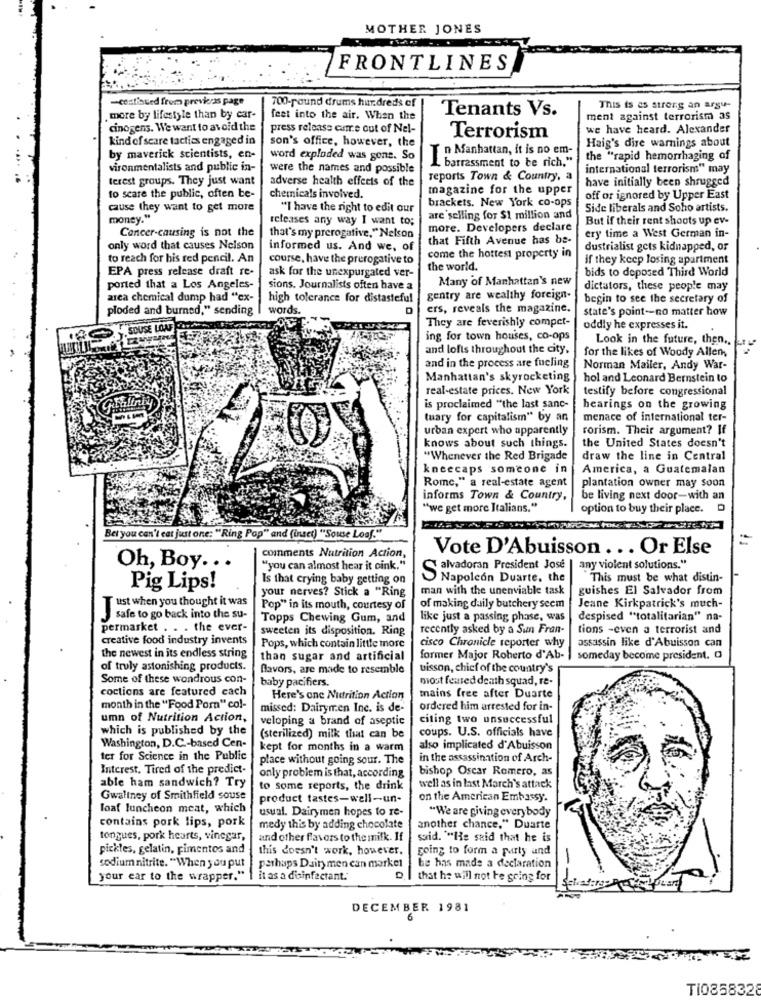
MOTHER JONES
FRONTLINES
-continued from previas page
700-round drums hundreds of
Tenants Vs.
This is as strong an arsu-
more by lifestyle than by car-
feet into the air. When the
ment against terrorism as
cinogens. We want to avoid the
press release came out of Nel-
we have heard. Alexander
kind of scare tactics engaged in
son's office, however, the
Terrorism
Haig's dire warnings about
n Manhattan, it is no em-
by maverick scientists, en-
word exploded was gone. So
the "rapid hemorrhaging of
vironmentalists and public in-
were the names and possible
I barrassment to be rich."
international terrorism" may
terest groups. They just want
adverse health effects of the
reports Town & Country, a
have initially been shrugged
magazine for the upper
to scare the public, often be-
chemicals involved.
brackets. New York co-ops
off or ignored by Upper East
cause they want to get more
"I have the right to edit our
Side liberals and Soho artists.
money."
releases any way I want to;
are selling for $1 million and
But if their rent shoots up ev-
Cancer-causing is not the
more. Developers declare
that's my prerogative," Nelson
that Fifth Avenue has be-
ery time a West German in-
only word that causes Nelson
informed us. And we, of
dustrialist gets kidnapped, or
to reach for his red pencil. An
course, have the prerogative to
come the hottest property in
if they keep losing apartment
EPA press release draft re-
the world.
ask for the unexpurgated ver-
Many of Manhattan's new
bids to deposed Third World
ported that a Los Angeles-
sions. Journalists often have a
dictators, these people may
area chemical dump had "ex-
high tolerance for distasteful
gentry are wealthy foreign-
begin to see the secretary of
ploded and burned," sending |
words.
ers, reveals the magazine.
state's point -- no matter how
They are feverishly compet-
SOUSE LOAF
oddly he expresses it.
ing for town houses, co-ops
and lofts throughout the city,
for the likes of Woody Allen,
Look in the future, then .,
and in the process are fueling
Norman Mailer, Andy War-
Manhattan's skyrocketing
hol and Leonard Bernstein to
real-estate prices. New York
testify before congressional
is proclaimed "the last sanc-
hearings on the growing
tuary for capitalism" by an
menace of international ter-
urban expert who apparently
rorism. Their argument? If
knows about such things.
the United States doesn't
"Whenever the Red Brigade
draw the line in Central
kneecaps someone in
America, a Guatemalan
Rome," a real-estate agent
plantation owner may soon
informs Town & Country,
be living next door-with an
"we get more Italians."
option to buy their place.
Bet you can't eat just one: "Ring Pop" and (inser) "Souse Loaf."
Vote D'Abuisson ... Or Else
comments Nutrition Action,
Oh, Boy ...
"you can almost hear it oink,"
Salvadoran President José
any violent solutions."
Is that crying baby getting on
Napoleon Duarte, the
This must be what distin-
Pig Lips!
your nerves? Stick a "Ring
man with the unenviable task
guishes El Salvador from
ust when you thought it was
Pop" in its mouth, courtesy of
of making daily butchery secm
Jeane Kirkpatrick's much-
safe to go back into the su-
Topps Chewing Gum, and
like just a passing phase, was
despised "totalitarian" na-
permarket . . . the ever-
sweeten its disposition. Ring
recently asked by a Sun Fran-
tions -even a terrorist and
creative food industry invents
assassin like d'Abuisson can
Pops, which contain little more
cisco Chronicle reporter why
the newest in its endless string
than sugar and artificial
former Major Roberto d'Ab-
someday become president. a
of truly astonishing products.
flavors, are made to resemble
bisson, chief of the country's
Some of these wondrous con-
baby pacifiers.
miost feused death squad, re-
coctions are featured each
Here's one Nutrition Action
mains free after Duarte
month in the "Food Porn" col-
missed: Dairymen Inc. is de-
ordered him arrested for in-
umn of Nutrition Action,
veloping a brand of aseptic
citing two unsuccessful
which is published by the
coups. U.S. officials have
Washington, D.C .- based Cen-
(sterilized) milk that can be
kept for months in a warm
also implicated d'Abuisson
ter for Science in the Public
place without going sour. The
in the assassination of Arch-
Interest. Tired of the predict-
bishop Oscar Romero, as
able ham sandwich? Try
only problem is that, according
to some reports, the drink
well as in last March's attack
Gwaltney of Smithfield souse
product tastes-well-un-
on the American Embassy.
loaf luncheon meat, which
usual. Dairymen hopes to re-
"We are giving everybody
contains pork lips, pork
medy this by adding chocolate
another chance." Duarte
tongues, pork hearts, vinegar,
and other flavors to the milk. If
said. ""He said that he is
pickles, gelatin, pimentos and
this doesn't work, however.
going to form a party and
sodium nitrite. "When you put
perhaps Dairy men can market
he has made a declaration
your ear to the wrapper."
it as a disinfectant.
that he will not be going for
DECEMBER 1981
6
Ti0858328